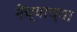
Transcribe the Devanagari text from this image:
नेच्याच्या